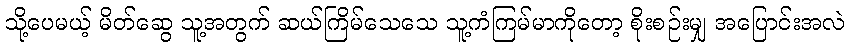
သို့ပေမယ့် မိတ်ဆွေ သူ့အတွက် ဆယ်ကြိမ်သေသေ သူ့ကံကြမ်မာကိုတော့ စိုးစဉ်းမျှ အပြောင်းအလဲ